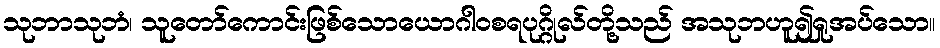
သုဘာသုဘံ၊ သူတော်ကောင်းဖြစ်သောယောဂါဝစရပုဂ္ဂိုလ်တို့သည် အသုဘဟူ၍ရှုအပ်သော။